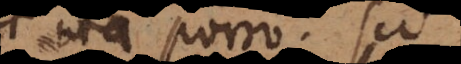
et ita porro. Sed